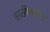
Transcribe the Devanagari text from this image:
पसरविण्याचा